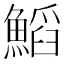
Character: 𩹴